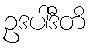
ဥဒပါဒီတိ